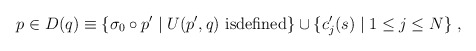
\begin{align*}p\in D(q)\equiv\{\sigma_0\circ p'\mid U(p',q) \mbox{ isdefined}\}\cup\{c'_j(s)\mid1\leq j\leq N\} \;,\end{align*}